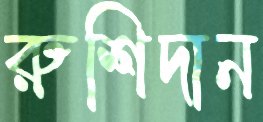
রুশিদান